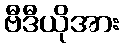
ဗီဒီယိုအား